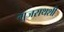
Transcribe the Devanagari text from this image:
गुजराथशी